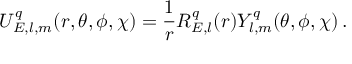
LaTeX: U _ { E , l , m } ^ { q } ( r , \theta , \phi , \chi ) = \frac { 1 } { r } R _ { E , l } ^ { q } ( r ) Y _ { l , m } ^ { q } ( \theta , \phi , \chi ) \, .